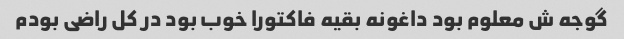
گوجه ش معلوم بود داغونه بقیه فاکتورا خوب بود در کل راضی بودم